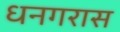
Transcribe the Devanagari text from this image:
धनगरास